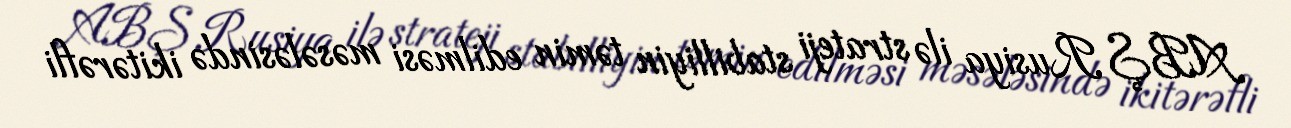
ABŞ Rusiya ilə strateji stabilliyin təmin edilməsi məsələsində ikitərəfli